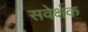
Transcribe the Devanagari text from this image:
सवेर्क्षक